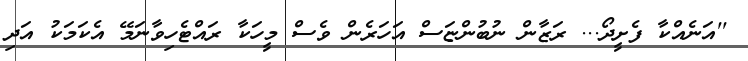
''އަނެއްކާ ފެށީދޯ... ރަޒާން ނުބުންޏަސް އަހަރެން ވެސް މީހަކާ ރައްޓެހިވާނަމޭ އެކަމަކު އަދި